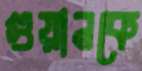
গুয়ানকে